Report on vaccination in Madras 1904-1921 - 1904-1921
Year: 1904
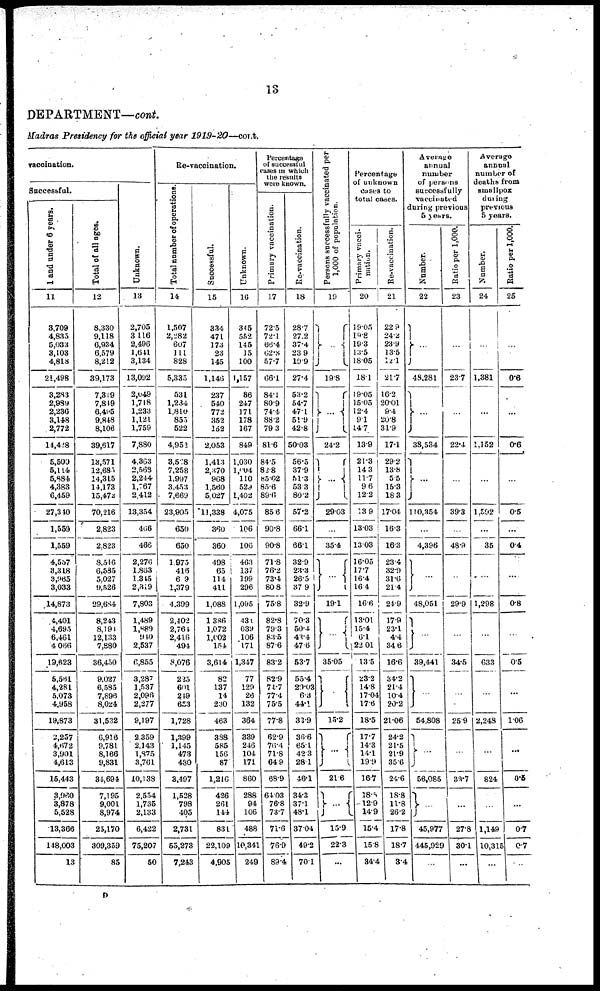
13
DEPARTMENT—cont.
Madras Presidency for the official year
1919-20—cont.
vaccination.
Successful.
1 and under 6 years.
11
3,709
4,835
5,033
3,103
4,818
21,498
3,283
2,989
2,236
3,148
2,772
14,428
5,500
5,114
5,884
4,383
6,459
27,340
1,559
1,559
4,557
3,318
3,965
3,033
14,873
4,401
4,695
6,461
4,066
19,623
5,561
4,281
5,073
4,958
19,873
2,257
4,672
3,901
4,613
15,443
3,960
3,878
5,528
13,366
148,003
13
Total of all ages.
12
8,330
9,118
6,934
6,579
8,212
39,173
7,319
7,819
6,495
9,848
8,106
39,617
13,571
12,685
14,315
14,173
15,472
70,216
2,823
2,823
8,546
6,585
5,027
9,526
29,684
8,243
8,191
12,133
7,880
36,450
9,027
6,585
7,896
8,024
31,532
6,916
9,781
8,166
9,831
34,694
7,195
9,001
8,974
25,170
309,359
85
Unknown,
13
2,705
3,116
2,496
1,641
3,134
13,092
2,049
1,718
1,233
1,121
1,759
7,880
4,363
2,568
2,244
1,767
2,412
13,354
466
466
2,276
1,863
1,315
2,319
7,803
1,489
1,889
910
2,537
6,855
3,287
1,537
2,096
2,277
9,197
2,359
2,143
l,875
3,761
10,138
2,554
1,735
2,133
6,422
75,207
50
Re-vaccination.
Total number of operations.
14
1,507
2,282
607
111
828
5,335
531
1,234
1,810
855
522
4,952
3,528
7,258
1,997
3,453
7,669
23,905
650
650
1,975
416
6.9
1,379
4,399
2,402
2,764
2,416
494
8,076
225
601
219
653
1,728
1,399
1,145
473
480
3,497
1,528
798
405
2,731
55,273
7,243
Successful.
15
334
471
173
23
145
1,146
237
540
772
352
152
2,053
1,413
2,370
968
1,560
5,027
11,338
360
360
498
65
114
411
1,088
1,386
1,072
1,002
154
3,614
82
137
14
230
463
388
585
156
87
1,216
426
261
144
831
22,109
4,905
Unknown.
16
345
552
145
15
100
1,157
86
247
171
178
167
849
1,030
1,004
110
529
1,402
4,075
106
106
463
137
199
296
1,095
431
639
106
171
1,347
77
129
26
132
364
339
246
104
171
860
288
94
106
488
10,341
249
Percentage
of successful
cases in which
the results
were known.
Primary vaccination.
17
72.5
72.1
66.4
62.8
57.7
66.1
84.1
80.9
74.4
88.2
79.3
81.6
84.5
82.8
85.02
85.6
89.6
85.6
90.8
90.8
71.8
76.2
73.4
80.8
75.8
82.8
79.3
83.5
87.6
83.2
82.9
71.7
77.4
75.5
77.8
62.9
76.4
71.8
64.9
68.9
64.03
76.8
73.7
71.6
76.9
89.4
Re-vaccination.
18
28.7
27.2
37.4
23.9
19.9
27.4
53.2
54.7
47.1
51.9
42.8
50.03
56.5
37.9
51.3
53.3
80.2
57.2
66.1
66.1
32.9
23.3
26.5
37.9
32.9
70.3
50.4
43.4
47.6
53.7
55.4
29.03
6.3
44.1
33.9
36.6
65.1
42.3
28.1
46.1
34.3
37.1
48.1
37.04
49.2
70.1
Persons successfully vaccinated per
1,000 of population.
19
...
19.8
...
24.2
...
29.03
...
35.4
...
19.1
...
35.05
...
15.2
...
21.6
...
15.9
22.3
...
Percentage
of unknown
cases to
total cases.
Primary vacci-
nation.
20
19.05
19.8
19.3
13.5
18.05
18.1
19.05
15.05
12.4
9.1
14.7
13.9
21.3
14.3
11.7
9.6
12.2
13.9
13.03
13.03
16.05
17.7
16.4
16.4
16.6
13.01
15.4
6.1
22.01
13.5
23.2
14.8
17.04
17.6
18.5
17.7
14.3
14.1
19.9
16.7
18.0
12.9
14.9
15.4
15.8
34.4
Re-vaccination.
21
22.9
24.2
23.9
13.5
12.1
21.7
16.2
20.01
9.4
20.8
31.9
17.1
29.2
13.8
5.5
15.3
18.3
17.04
16.3
16.3
23.4
32.9
31.6
21.4
24.9
17.9
23.1
4.4
34.6
16.6
34.2
21.4
10.4
20.2
21.06
24.2
21.5
21.9
35.6
24.6
18.8
11.8
26.2
17.8
18.7
3.4
Average
annual
number
of persons
successfully
vaccinated
during previous
5 years.
Number.
22
...
48,281
...
38,534
...
110,354
...
4,396
...
48,051
...
39,441
...
54,808
...
56,085
...
45,977
445,929
...
Ratio per 1,000.
23
...
23.7
...
22.4
...
39.3
...
48.9
...
29.9
...
34.5
...
25.9
...
33.7
...
27.8
30.1
...
Average
annual
number of
deaths from
smallpox
during
previous
5 years.
Number.
24
...
1,381
...
1,152
...
1,592
...
35
...
1,298
...
633
...
2,248
...
824
...
1,149
10,315
...
Ratio per 1,000.
25
...
0.6
...
0.6
...
0.5
...
0.4
...
0.8
...
0.5
...
1.06
...
0.3
...
0.7
0.7
...
D